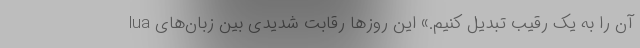
lua آن را به یک رقیب تبدیل کنیم.» این روزها رقابت شدیدی بین زبان‌های